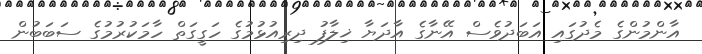
އާންމުންގެ މެދުގައި އަބަދުވެސް އޭނާގެ އާދަޔާ ޚިލާފު ދިރިއުޅުމުގެ ހަގީގަތް ހާމަކުރުމުގެ ސަބަބުން